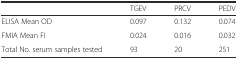
|  | TGEV | PRCV | PEDV |
 | --- | --- | --- | --- |
 | ELISA Mean OD | 0.097 | 0.132 | 0.074 |
 | FMIA Mean FI | 0.024 | 0.016 | 0.032 |
 | Total No. serum samples tested | 93 | 20 | 251 |